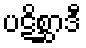
ပဋိစ္ဆာဒီ